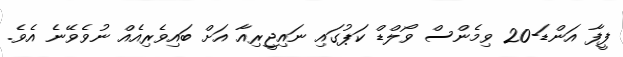
ފީފާ އަންޑަ-20 ވިމެންސް ވޯލްޑް ކަޕުގައި ނައިޖީރިއާ އަށް ބައިވެރިއެއް ނުވެވޭނެ އެވެ.